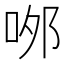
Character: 𠲄